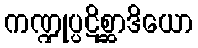
ကဏ္ဍုပ္ပဋိစ္ဆာဒိယော